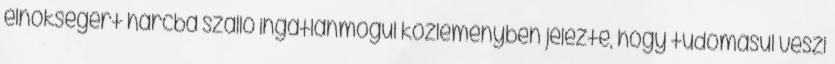
elnökségért harcba szálló ingatlanmogul közleményben jelezte, hogy tudomásul veszi